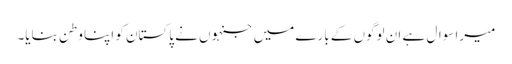
میرا سوال ہے ان لوگوں کے بارے میں جنہوں نے پاکستان کو اپنا وطن بنایا۔